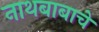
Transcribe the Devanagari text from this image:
नाथबाबाचे